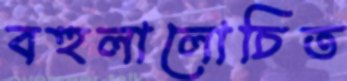
বহুলালোচিত